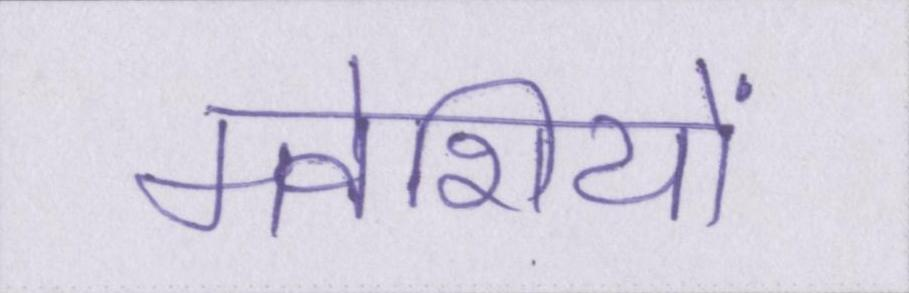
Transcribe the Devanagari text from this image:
मवेशियों